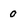
Character: 0